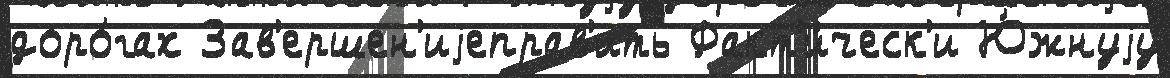
доро́гах Зав'ершен'иjеправ'ить Факт'и́ческ'и Ю́жнуjу